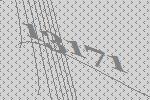
13171